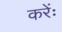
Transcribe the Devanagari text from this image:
करेंः